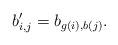
LaTeX: \begin{align*}b_{i,j}' = b_{g(i),b(j)}.\end{align*}